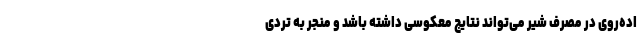
اده‌روی در مصرف شیر می‌تواند نتایج معکوسی داشته باشد و منجر به تُردی